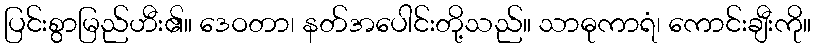
ပြင်းစွာမြည်ဟီး၏။ ဒေဝတာ၊ နတ်အပေါင်းတို့သည်။ သာဓုကာရံ၊ ကောင်းချီးကို။